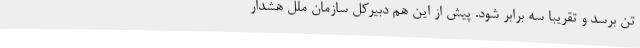
تن برسد و تقریباً سه برابر شود. پیش از این هم دبیرکل سازمان ملل هشدار